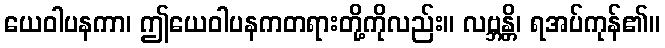
ယေဝါပနကာ၊ ဤယေဝါပနကတရားတို့ကိုလည်း။ လဗ္ဘန္တိ၊ ရအပ်ကုန်၏။